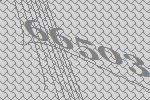
66503